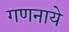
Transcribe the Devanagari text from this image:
गणनाये